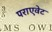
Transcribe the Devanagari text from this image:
पराएवेट